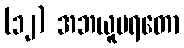
(၁၂) အဘယူပရတော